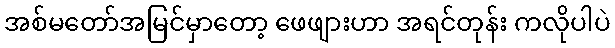
အစ်မတော်အမြင်မှာတော့ ဖေဖျားဟာ အရင်တုန်း ကလိုပါပဲ